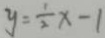
y = \frac { 1 } { 2 } x - 1